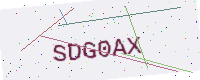
Text: SDG0AX